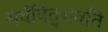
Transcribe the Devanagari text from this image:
सर्वविद्‍भवति